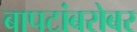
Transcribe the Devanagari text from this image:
बापटांबरोबर